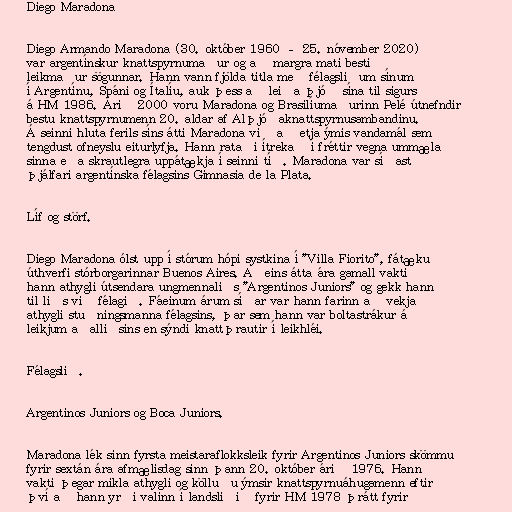
Diego Maradona

Diego Armando Maradona (30. október 1960 – 25. nóvember 2020)
var argentínskur knattspyrnumaður og að margra mati besti
leikmaður sögunnar. Hann vann fjölda titla með félagsliðum sínum
í Argentínu, Spáni og Ítalíu, auk þess að leiða þjóð sína til sigurs
á HM 1986. Árið 2000 voru Maradona og Brasilíumaðurinn Pelé útnefndir
bestu knattspyrnumenn 20. aldar af Alþjóðaknattspyrnusambandinu.
Á seinni hluta ferils síns átti Maradona við að etja ýmis vandamál sem
tengdust ofneyslu eiturlyfja. Hann rataði ítrekað í fréttir vegna ummæla
sinna eða skrautlegra uppátækja í seinni tíð. Maradona var síðast
þjálfari argentínska félagsins Gimnasia de la Plata.

Líf og störf.

Diego Maradona ólst upp í stórum hópi systkina í "Villa Fiorito", fátæku
úthverfi stórborgarinnar Buenos Aires. Aðeins átta ára gamall vakti
hann athygli útsendara ungmennaliðs "Argentinos Juniors" og gekk hann
til liðs við félagið. Fáeinum árum síðar var hann farinn að vekja
athygli stuðningsmanna félagsins, þar sem hann var boltastrákur á
leikjum aðalliðsins en sýndi knattþrautir í leikhléi.

Félagslið.

Argentinos Juniors og Boca Juniors.

Maradona lék sinn fyrsta meistaraflokksleik fyrir Argentinos Juniors skömmu
fyrir sextán ára afmælisdag sinn þann 20. október árið 1976. Hann
vakti þegar mikla athygli og kölluðu ýmsir knattspyrnuáhugamenn eftir
því að hann yrði valinn í landsliðið fyrir HM 1978 þrátt fyrir